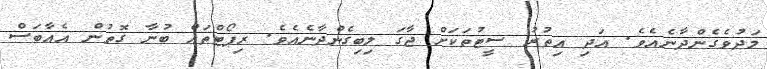
މަދުވެގެންދާނެއެވެ. އަދި އިތުރު ސީޓުތަކަށް ޖާގަ ލިބިގެންދާނެއެވެ. ރިޕޯޓްތައް ބުނާ ގޮތުން އެއާބަސް